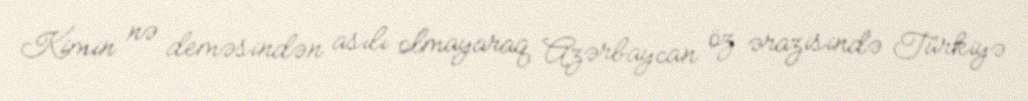
Kimin nə deməsindən asılı olmayaraq Azərbaycan öz ərazisində Türkiyə